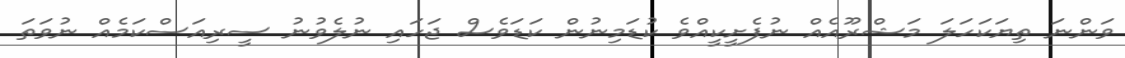
ވަންނަ ތިޔަކަހަލަ މަޝްރޫއެއް ނުފެށީކީއްވެ ކުޑަމިނުން ކަޑަވެސް ޖަހައި ނުލެވުނު ސީރިއަސްކަމެއް ނުވަތަ